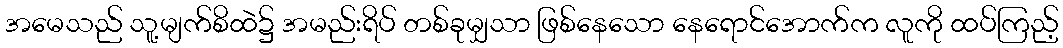
အမေသည် သူ့မျက်စိထဲ၌ အမည်းရိပ် တစ်ခုမျှသာ ဖြစ်နေသော နေရောင်အောက်က လူကို ထပ်ကြည့်